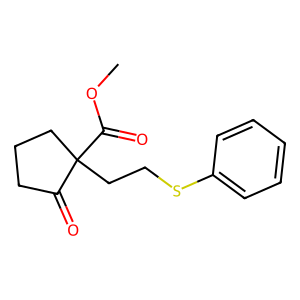
SMILES: COC(=O)C1(CCSc2ccccc2)CCCC1=O
Inhibits HIV replication: No